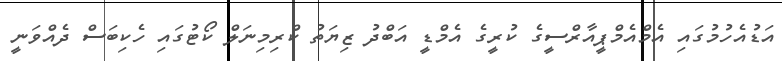
އަޑުއެހުމުގައި އެމްއެމްޕީއާރްސީގެ ކުރީގެ އެމްޑީ އަބްދު ޒިޔަތު ކްރިމިނަލް ކޯޓުގައި ހެކިބަސް ދެއްވަނީ